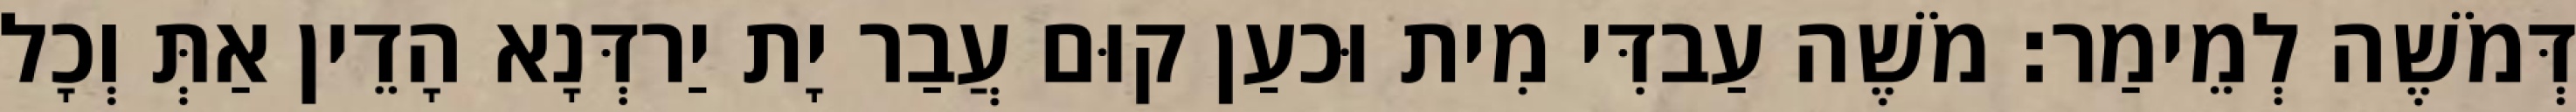
דְּמֹשֶׁה לְמֵימַר׃ מֹשֶׁה עַבדִּי מִית וּכעַן קוּם עֲבַר יָת יַרדְּנָא הָדֵין אַתְּ וְכָל